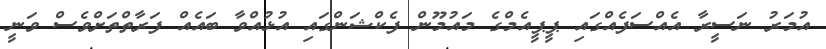
އުމަރު ނަސީރާ އެއްސަފެއްގައި ޕީޕީއެމްގެ މައުމޫން ފެކްޝަންގައި އުޅުއްވާ ބައެއް ފަރާތްތަށްވެސް ވަނީ